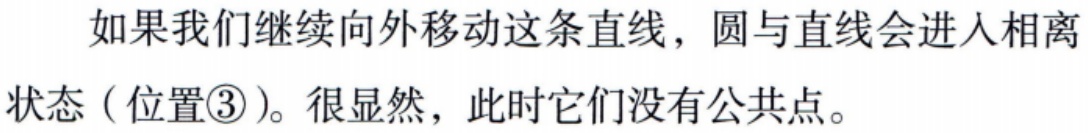
如果我们继续向外移动这条直线，圆与直线会进入相离状态（位置\textcircled{3}）。很显然，此时它们没有公共点。